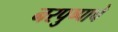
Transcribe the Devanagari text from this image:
नरपुष्पाचे